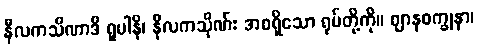
နီလကသိဏာဒိ ရူပါနိ၊ နီလကသိုဏ်း အစရှိသော ရုပ်တို့ကို။ ဈာနစက္ခုနာ၊